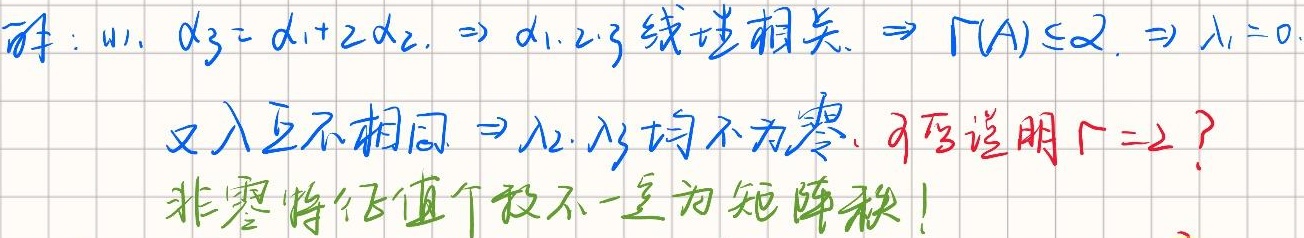
解：由$\alpha _{3}=\alpha _{1}+2\alpha _{2}$，$\Rightarrow\alpha _{1},\alpha _{2},\alpha _{3}$线性相关，$\Rightarrow r(A)\leq2$，$\Rightarrow \lambda _{1}=0$.
又$\lambda $互不相同$\Rightarrow\lambda _{2},\lambda _{3}$均不为零，可否说明$r = 2$？
非零特征值个数不一定为矩阵秩！